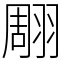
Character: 翢